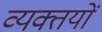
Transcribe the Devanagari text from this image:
व्यक्तयों